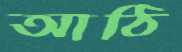
আঠি